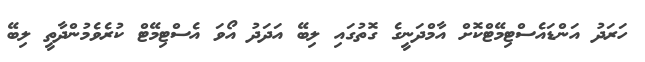
ހަރަދު އަންޑައެސްޓިމޭޓްކޮށް އާމްދަނީގެ ގޮތުގައި ލިބޭ އަދަދު އޯވަ އެސްޓިމޭޓް ކުރެވެމުންދާތީ ލިބޭ